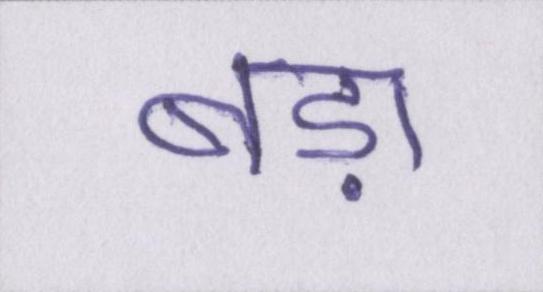
बड़ा